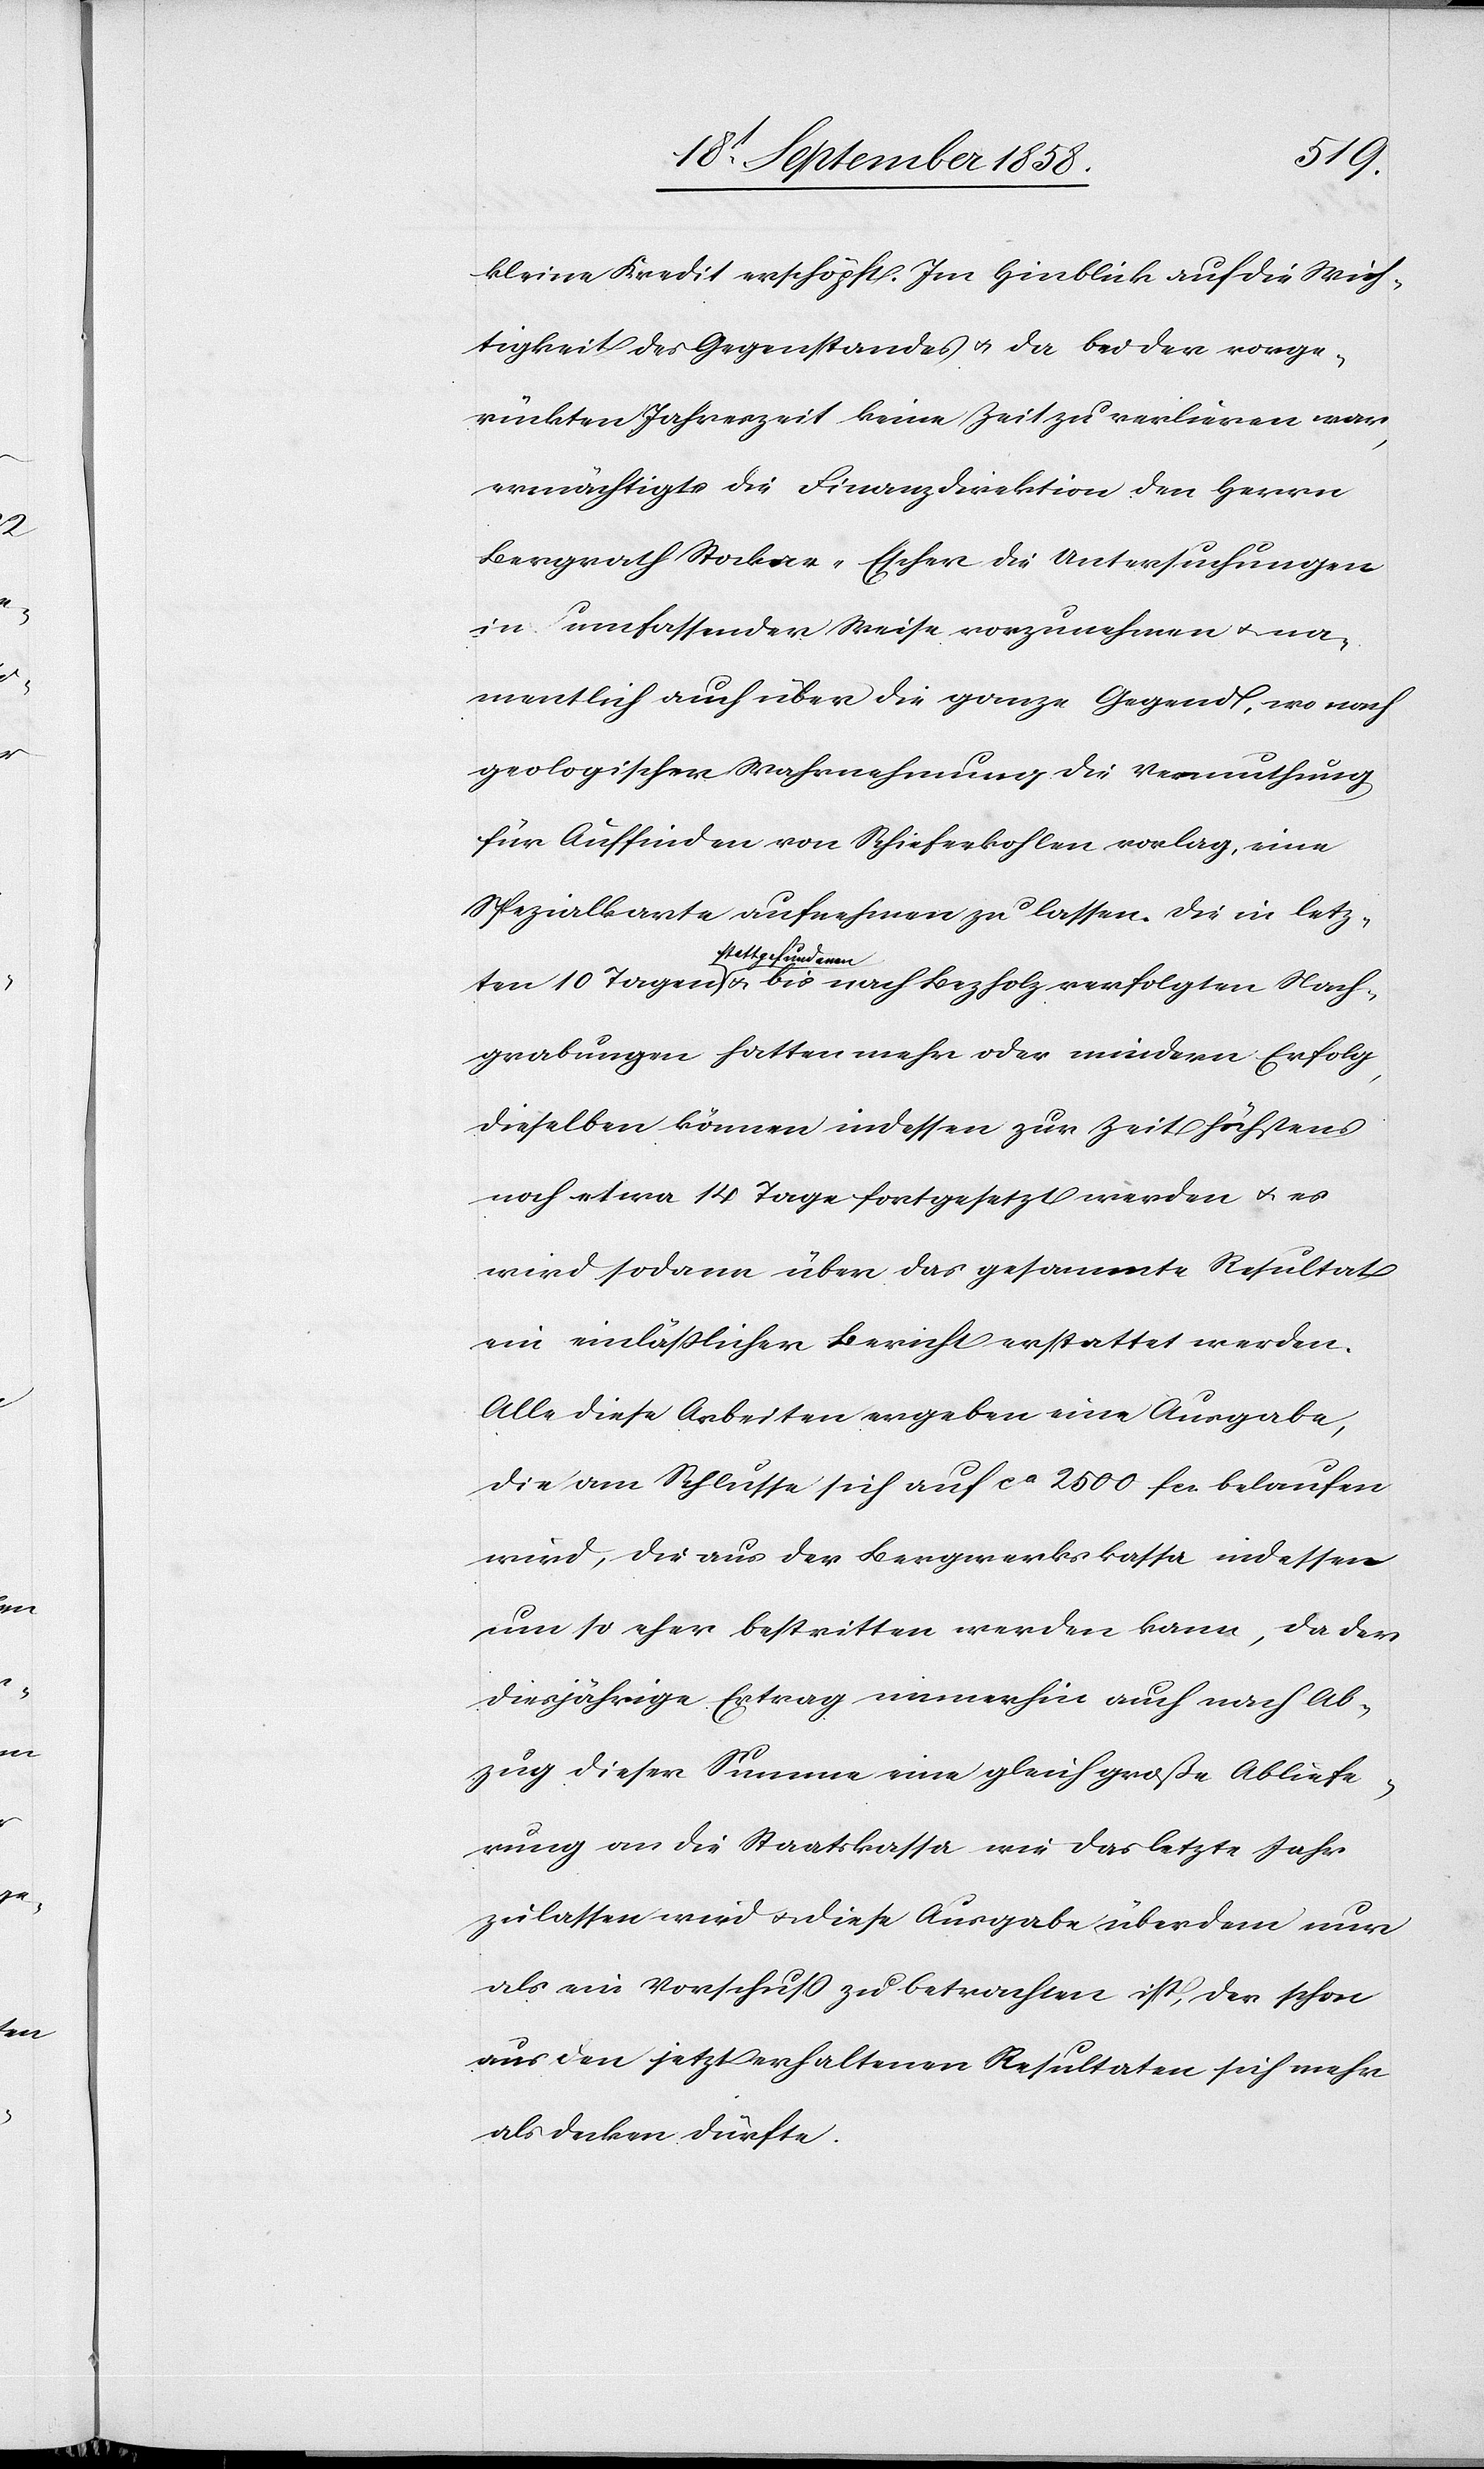
kleine Kredit erschöpft. Im Hinblick auf die Wich¬
tigkeit des Gegenstandes & da bei der vorge¬
rückten Jahreszeit keine Zeit zu verlieren war,
ermächtigte die Finanzdirektion den Herrn
Bergrath Stockar-Escher die Untersuchungen
in umfassender Weise vorzunehmen & na¬
mentlich auch über die ganze Gegend, wo nach
geologischer Wahrnehmung die Vermuthung
für Auffinden von Schieferkohlen vorlag, eine
Spezialkarte aufnehmen zu lassen. Die in [den]
Nach¬
verfolgten
grabungen hatten mehr oder mindern Erfolg,
dieselben können indessen zur Zeit höchstens
noch etwa 14 Tage fortgesetzt werden & es
wird sodann über das gesammte Resultat
ein einläßlicher Bericht erstattet werden.
Alle diese Arbeiten ergeben eine Ausgabe,
die am Schlusse sich auf ca 2500 fcs. belaufen
wird, die aus der Bergwerkskassa indessen
um so eher bestritten werden kann, da der
diesjährige Ertrag immerhin auch nach Ab¬
zug dieser Summe eine gleich große Abliefe¬
rung an die Staatskassa wie das letzte Jahr
zulassen wird & diese Ausgabe überdem nur
als ein Vorschuss zu betrachten ist, der schon
aus den jetzt erhaltenen Resultaten sich mehr
als decken dürfte.